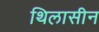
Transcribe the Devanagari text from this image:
थिलासीन